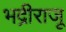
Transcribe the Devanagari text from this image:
भद्रीराजू